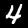
Label: 4